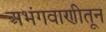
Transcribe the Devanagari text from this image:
अभंगवाणीतून